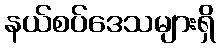
နယ်စပ်ဒေသများရှိ